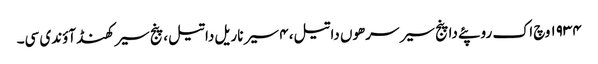
١٩٣٤ وچ اک روپئے دا پنج سیر سرھوں دا تیل، ٤ سیر ناریل دا تیل، پنج سیر کھنڈ آؤندی سی۔